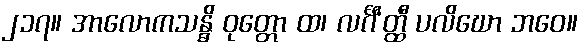
၂၁၇။ အာလောကသန္ဓိ ဝုတ္တော ထ၊ လင်္ဂီ’တ္ထီ ပလိဃော ဘဝေ။